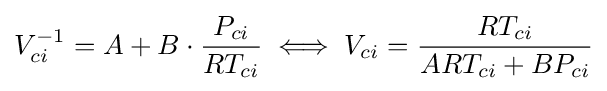
V_{ci}^{-1}=A+B\cdot {\frac {P_{ci}}{RT_{ci}}}\iff V_{ci}={\frac {RT_{ci}}{ART_{ci}+BP_{ci}}}